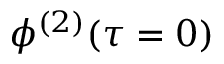
\phi ^ { ( 2 ) } ( \tau = 0 )